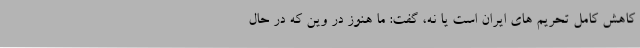
کاهش کامل تحریم های ایران است یا نه، گفت: ما هنوز در وین که در حال